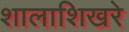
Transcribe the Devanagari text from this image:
शालाशिखरे